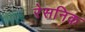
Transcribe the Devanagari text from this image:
रेसनिक